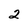
Character: 2